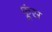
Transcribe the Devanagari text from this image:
फूंस